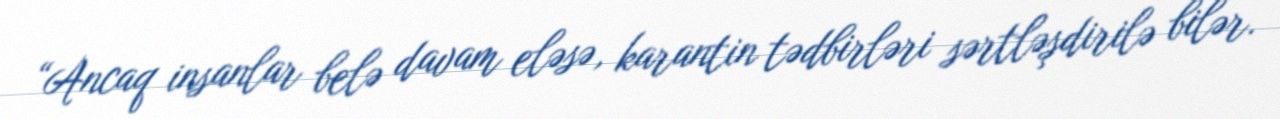
“Ancaq insanlar belə davam eləsə, karantin tədbirləri sərtləşdirilə bilər.